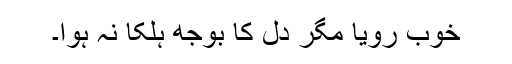
خوب رویا مگر دل کا بوجھ ہلکا نہ ہوا۔